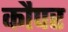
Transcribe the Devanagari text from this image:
कौपर